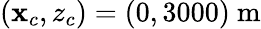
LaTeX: (\mathbf{x}_{c},z_{c})=(0,3000)~\mathrm{{m}}